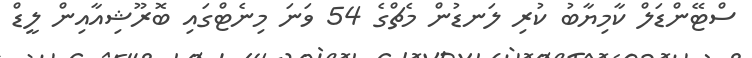
ސްޓޭންޑަލް ކާމިޔާބު ކުރި ލަނޑުން މެޗްގެ 54 ވަނަ މިނެޓްގައި ބޮރޫޝިއާއިން ލީޑް